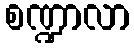
စဏ္ဍာလာ